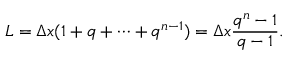
L = \Delta x ( 1 + q + \cdots + q ^ { n - 1 } ) = \Delta x \frac { q ^ { n } - 1 } { q - 1 } .